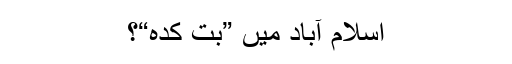
اسلام آباد میں ”بُت کدہ“؟